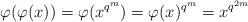
LaTeX: \begin{align*}\varphi (\varphi(x)) = \varphi (x^{q^m}) = \varphi(x)^{q^m}=x^{q^{2m}}\end{align*}